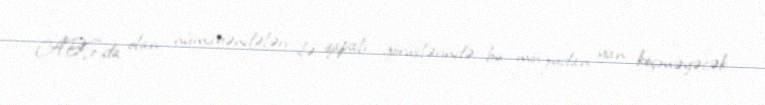
ABŞ-da olan nümayəndələri ilə qapalı görüşlərində bu mövzudan yan keçməyəcək.